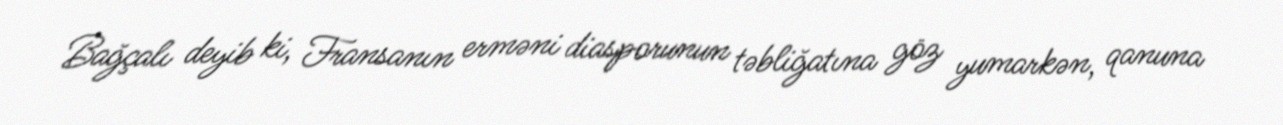
Bağçalı deyib ki, Fransanın erməni diasporunun təbliğatına göz yumarkən, qanuna